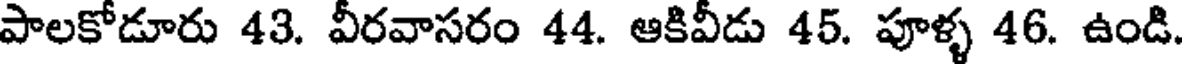
పాలకోడూరు 43. వీరవాసరం 44. ఆకివీడు 45. పూళ్ళ 46. ఉండి.